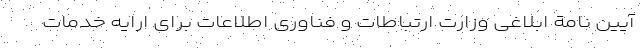
آیین نامة ابلاغی وزارت ارتباطات و فناوری اطلاعات برای ارایه خدمات